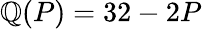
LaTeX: \mathbb{Q}(P)=32-2P